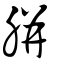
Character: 胼